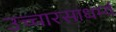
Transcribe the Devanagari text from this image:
उच्चारसाधर्म्य